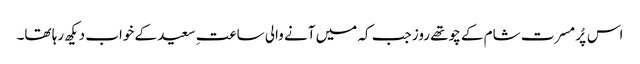
اس پُر مسرت شام کے چوتھے روز جب کہ میں آنے والی ساعتِ سعید کے خواب دیکھ رہا تھا۔